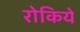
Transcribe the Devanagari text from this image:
रोकिये